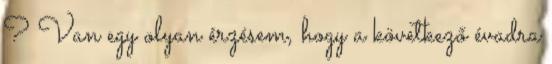
? Van egy olyan érzésem, hogy a következő évadra